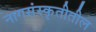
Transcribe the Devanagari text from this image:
नागसंस्कृतीतील